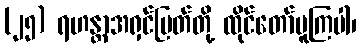
(၂၅) ရဟန္တာအရှင်မြတ်တို့ ထိုင်တော်မူကြပါ၊